Indian journal of veterinary science and animal husbandry - Volumes 22-23, 1952-1953
Year: 1952
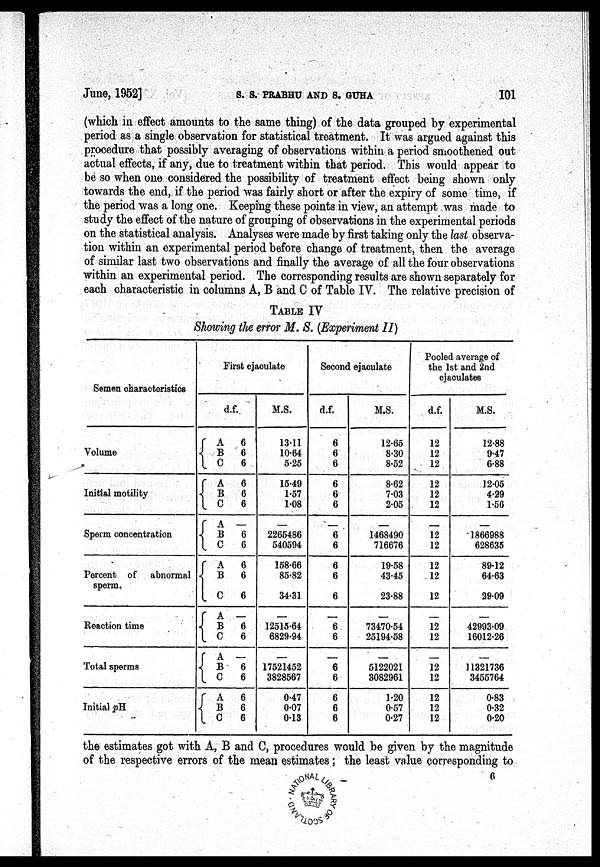
June, 1952]
S.
S.
PRABHU
AND
S.
GUHA
101
(which in effect amounts to the same thing) of the data grouped by experimental
period as a single observation for statistical treatment. It was argued against this
procedure that possibly averaging of observations within a period smoothened out
actual effects, if any, due to treatment within that period. This would appear to
be so when one considered the possibility of treatment effect being shown only
towards the end, if the period was fairly short or after the expiry of some time, if
the period was a long one. Keeping these points in view, an attempt was made to
study the effect of the nature of grouping of observations in the experimental periods
on the statistical analysis. Analyses were made by first taking only the last observa-
tion within an experimental period before change of treatment, then the average
of similar last two observations and finally the average of all the four observations
within an experimental period. The corresponding results are shown separately for
each characteristic in columns A, B and C of Table IV. The relative precision of
TABLE IV
Showing the error M. S. (Experiment II)
Semen characteristics
Volume
Initial motility
Sperm concentration
Percent of abnormal
sperm.
Reaction time
Total sperms
Initial pH
First ejaculate
d.f.
A B
C
A
B
C
A
B
C
A
B
C
A
B
C
A B C
A
B
C
6
6
6
6
6
6
6
6
6
6
6
—
6
6
—
6
6
6
6
6
M.S.
13.11
10.64
5.25
15.49
1.57
1.08
2265486
540594
158.66
85.82
34.31
—
12515.64
6829.94
—
17521452
3828567
0.47
0.07
0.13
Second ejaculate
d.f.
6
6
6
6
6
6
6
6
6
6
6
—
6
6
—
6
6
6
6
6
M.S.
12.65
8.30
8.52
8.62
7.03
2.05
1468490
716676
19.58
43.45
23.88
—
73470.54
25194.58
—
5122021
3082961
1.20
0.57
0.27
Pooled average of
the 1st and 2nd
ejaculates
d.f.
12
12
12
12
12
12
12
12
12
12
12
—
12
12
—
12
12
12
12
12
M.S.
12.88
9.47
6.88
12.05
4.29
1.56
1866988
628635
89.12
64.63
29.09
—
42993.09
16012.26
—
11321736
3455764
0.83
0.32
0.20
the estimates got with A, B and C, procedures would be given by the magnitude
of the respective errors of the mean estimates; the least value corresponding to
6